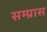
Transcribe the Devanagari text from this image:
सम्प्रास